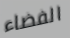
الفضاء